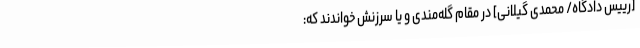
[رییس دادگاه/ محمدی گیلانی] در مقام گله‌مندی و یا سرزنش خواندند که: